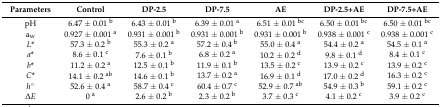
| Parameters | Control | DP-2.5 | DP-7.5 | AE | DP-2.5+AE | DP-7.5+AE |
 | --- | --- | --- | --- | --- | --- | --- |
 | pH | 6.47 ± 0.01 b | 6.43 ± 0.01 b | 6.39 ± 0.01 a | 6.51 ± 0.01 bc | 6.50 ± 0.01 bc | 6.50 ± 0.01 bc |
 | aw | 0.927 ± 0.001 a | 0.931 ± 0.001 b | 0.931 ± 0.001 b | 0.931 ± 0.001 b | 0.938 ± 0.001 c | 0.938 ± 0.001 c |
 | L* | 57.3 ± 0.2 b | 55.3 ± 0.2 a | 57.2 ± 0.4 b | 55.0 ± 0.4 a | 54.4 ± 0.2 a | 54.5 ± 0.1 a |
 | a* | 8.6 ± 0.1 c | 7.6 ± 0.1 b | 6.8 ± 0.2 a | 10.2 ± 0.2 d | 9.8 ± 0.1 d | 8.4 ± 0.1 c |
 | b* | 11.2 ± 0.2 a | 12.5 ± 0.1 b | 11.9 ± 0.1 b | 13.5 ± 0.2 c | 13.9 ± 0.2 c | 13.9 ± 0.2 c |
 | C* | 14.1 ± 0.2 ab | 14.6 ± 0.1 b | 13.7 ± 0.2 a | 16.9 ± 0.1 d | 17.0 ± 0.2 d | 16.3 ± 0.2 c |
 | h° | 52.6 ± 0.4 a | 58.7 ± 0.4 c | 60.4 ± 0.7 c | 52.9 ± 0.7 ab | 54.9 ± 0.3 b | 59.1 ± 0.2 c |
 | ∆E | 0 a | 2.6 ± 0.2 b | 2.3 ± 0.2 b | 3.7 ± 0.3 c | 4.1 ± 0.2 c | 3.9 ± 0.2 c |